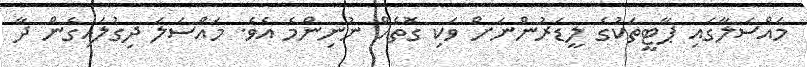
މައްސަލާގައި ޕާޓީތަކުގެ ލީޑަރުންނަށް ވަކި ގޮތެއް ނުނިންމެ އެވެ. މައްސަލަ ދިގުލައިގެން ދާ